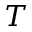
T